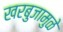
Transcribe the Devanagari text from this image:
खरबुजामुळे